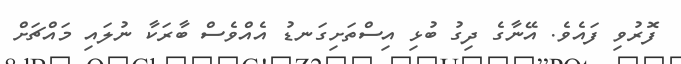
ފޮރުވި ފައެވެ. އޭނާގެ ދިގު ބުޅި އިސްތަށިގަނޑު އެއްވެސް ބާރަކާ ނުލައި މައްޗަށް